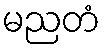
မညတံ